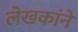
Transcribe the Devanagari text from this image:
लेखकांने